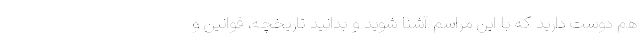
هم دوست دارید که با این مراسم آشنا شوید و بدانید تاریخچه، قوانین و